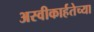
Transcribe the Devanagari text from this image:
अस्वीकार्हतेच्या